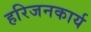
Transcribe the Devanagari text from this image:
हरिजनकार्य